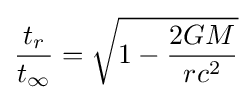
{\frac {t_{r}}{t_{\infty }}}={\sqrt {1-{\frac {2GM}{rc^{2}}}}}